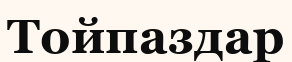
Тойпаздар